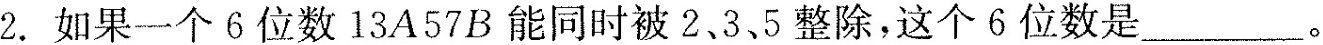
2.如果一个6位数13A57B能同时被2.3.5整除，这个6位数是___。